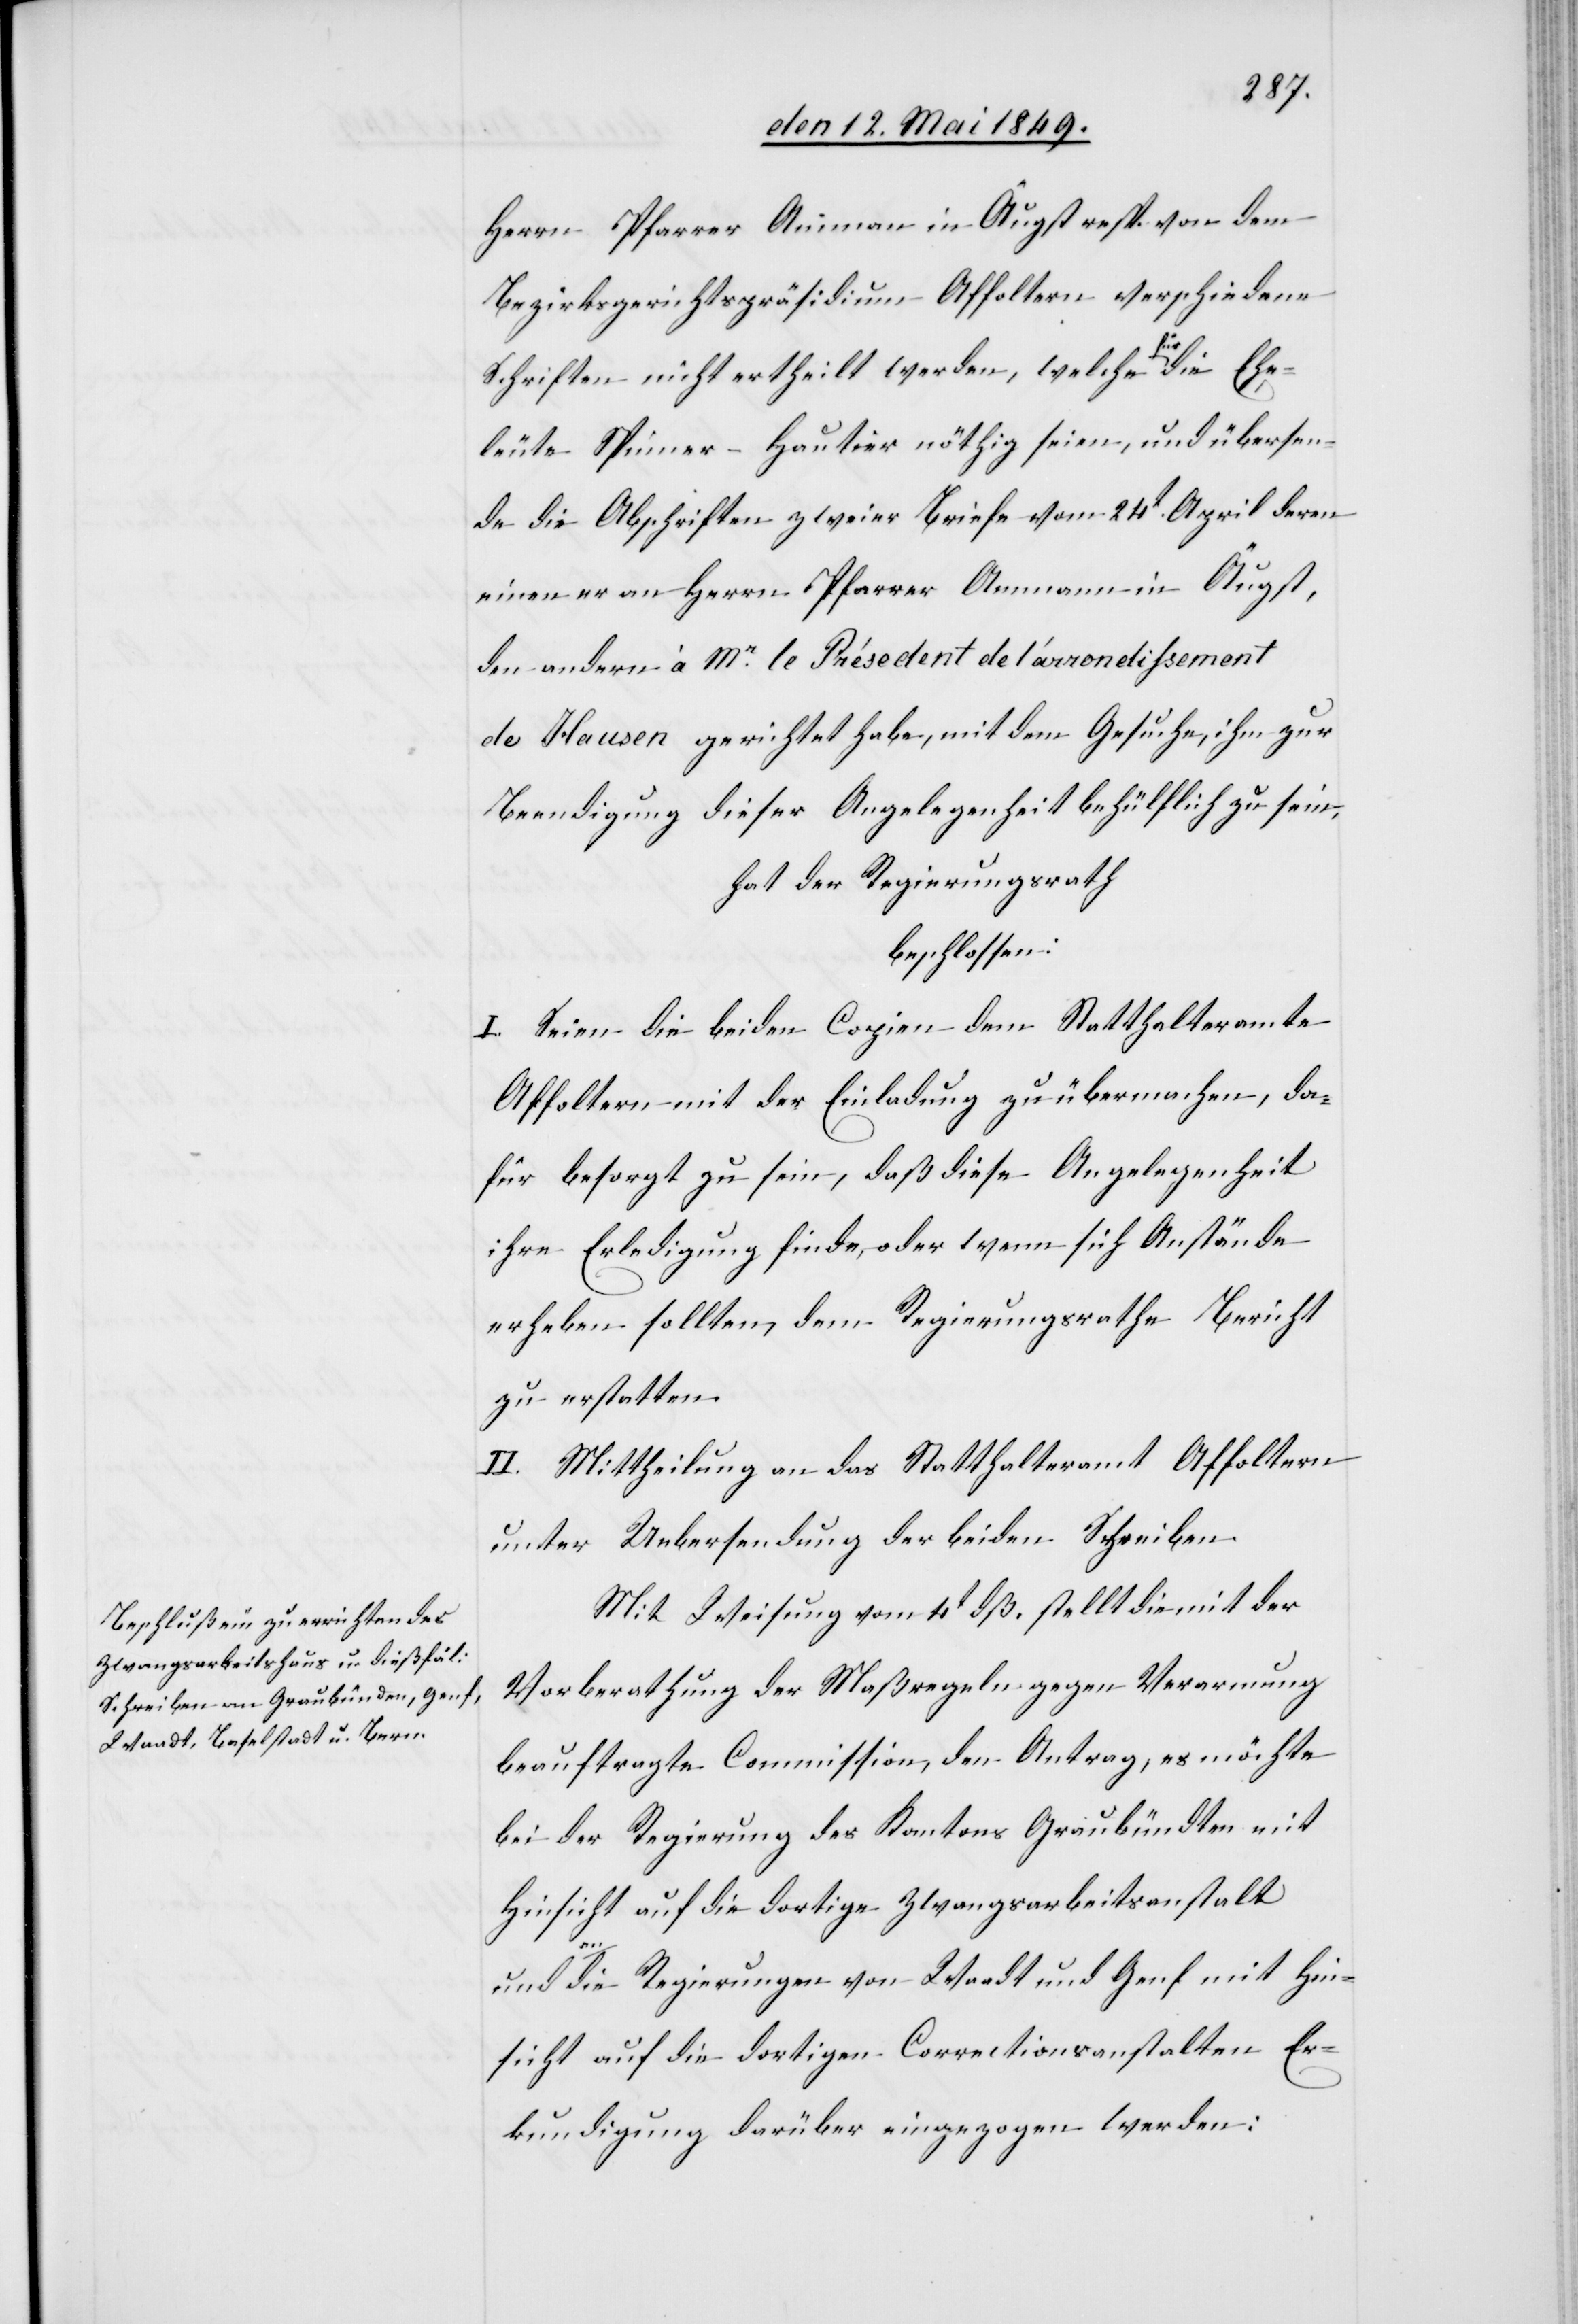
Herrn Pfarrer Amman in Augst resp. von dem
Bezirksgerichtspräsidium Affoltern verschiedene
Schriften nicht ertheilt werden, welche für die Ehe¬
leute Spinner-Hautier nöthig seien, und übersen¬
de die Abschriften zweier Briefe vom 24t April deren
einen er an Herrn Pfarrer Ammann in Augst,
den andern à Mr le Présedent de l’arrondissement
de Hausen gerichtet habe, mit dem Gesuche, ihm zur
Beendigung dieser Angelegenheit behülflich zu sein,
hat der Regierungsrath
beschlossen:
I. Seien die beiden Copien dem Statthalteramte
Affoltern mit der Einladung zu übermachen, da¬
für besorgt zu sein, daß diese Angelegenheit
ihre Erledigung finde, oder wenn sich Anstände
erheben sollten, dem Regierungsrathe Bericht
zu erstatten.
II. Mittheilung an das Statthalteramt Affoltern
unter Uebersendung der beiden Schreiben.
Mit Weisung vom 4t dß. stellt die mit der
Vorberathung der Maßregel gegen Verarmung
beauftragte Commission, den Antrag, es möchte
bei der Regierung des Kantons Graubündten mit
Hinsicht auf die dortige Zwangsarbeitsanstalt
die Regierungen von Waadt und Genf mit Hin¬
sicht auf die dortigen Correctionsanstalten Er¬
kundigung darüber eingezogen werden: